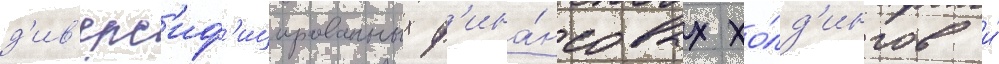
д'ив'ерс'иф'ицированных ф'ина́нсовых хо́лд'ингов и́